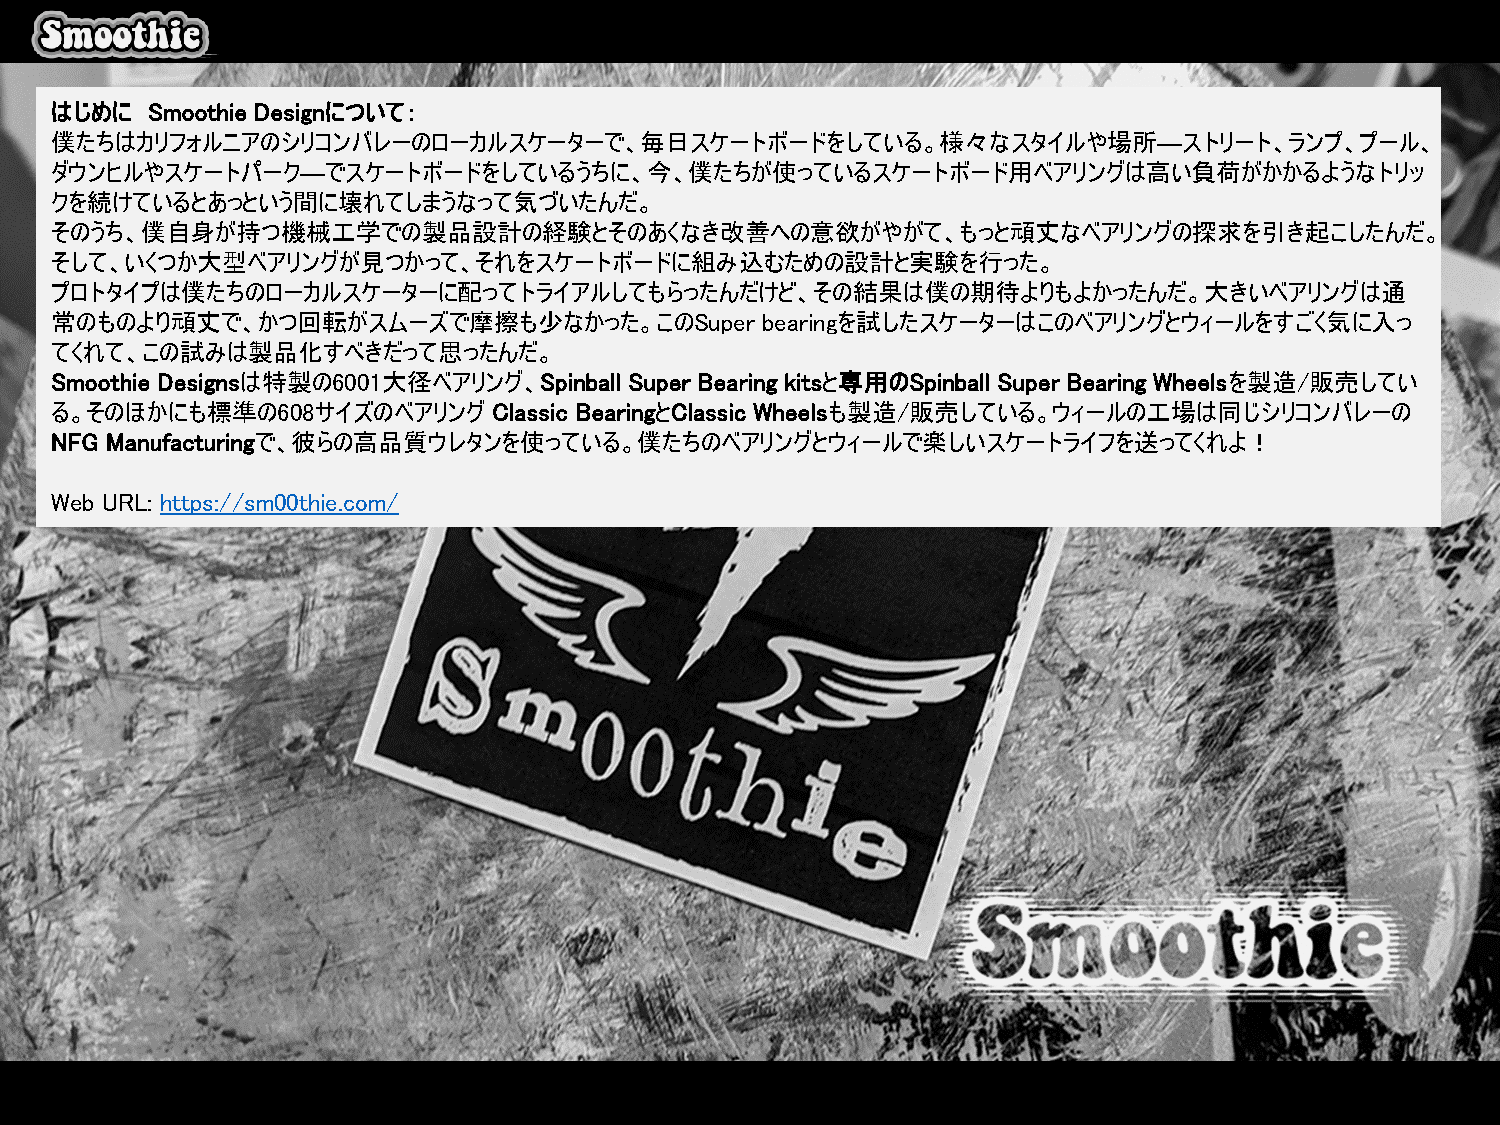
はじめに   Smoothie Designについて：
 僕たちはカリフォルニアのシリコンバレーのローカルスケーターで、毎日スケートボードをしている。様々なスタイルや場所―ストリート、ランプ、プール、
 ダウンヒルやスケートパーク―でスケートボードをしているうちに、今、僕たちが使っているスケートボード用ベアリングは高い負荷がかかるようなトリッ
 クを続けているとあっという間に壊れてしまうなって気づいたんだ。
 そのうち、僕自身が持つ機械工学での製品設計の経験とそのあくなき改善への意欲がやがて、もっと頑丈なベアリングの探求を引き起こしたんだ。
 そして、いくつか大型ベアリングが見つかって、それをスケートボードに組み込むための設計と実験を行った。
 プロトタイプは僕たちのローカルスケーターに配ってトライアルしてもらったんだけど、その結果は僕の期待よりもよかったんだ。大きいベアリングは通
 常のものより頑丈で、かつ回転がスムーズで摩擦も少なかった。このSuper           bearingを試したスケーターはこのベアリングとウィールをすごく気に入っ
 てくれて、この試みは製品化すべきだって思ったんだ。
 Smoothie Designsは特製の6001大径ベアリング、Spinball Super Bearing kitsと専用のSpinball Super Bearing Wheelsを製造/販売してい
 る。そのほかにも標準の608サイズのベアリング       Classic BearingとClassic Wheelsも製造/販売している。ウィールの工場は同じシリコンバレーの
 NFG Manufacturingで、彼らの高品質ウレタンを使っている。僕たちのベアリングとウィールで楽しいスケートライフを送ってくれよ！
 Web URL: https://sm00thie.com/